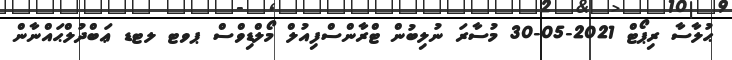
ޙުލާސާ ރިޕޯޓް 2021-05-30 މުސާރަ ނުލިބުން ޓްރާންސްފިއުލް މޯލްޑިވްސް ޕވޓ ލޓޑ ޢަބްދުލްޙައްނާން